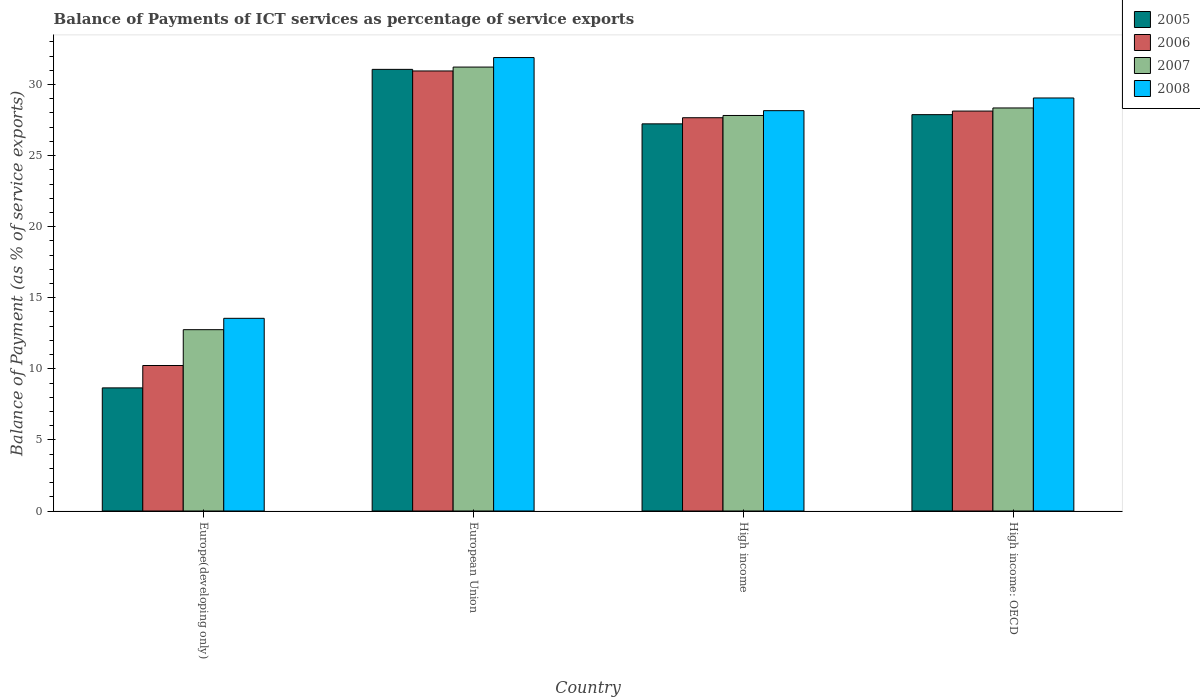
| Country | 2005 | 2006 | 2007 | 2008 |
 | --- | --- | --- | --- | --- |
 | Europe(developing only) | 8.66 | 10.2 | 12.8 | 13.6 |
 | European Union | 31.1 | 31 | 31.2 | 31.9 |
 | High income | 27.2 | 27.7 | 27.8 | 28.2 |
 | High income: OECD | 27.9 | 28.1 | 28.4 | 29.1 |